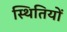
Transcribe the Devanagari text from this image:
स्‍थितियों